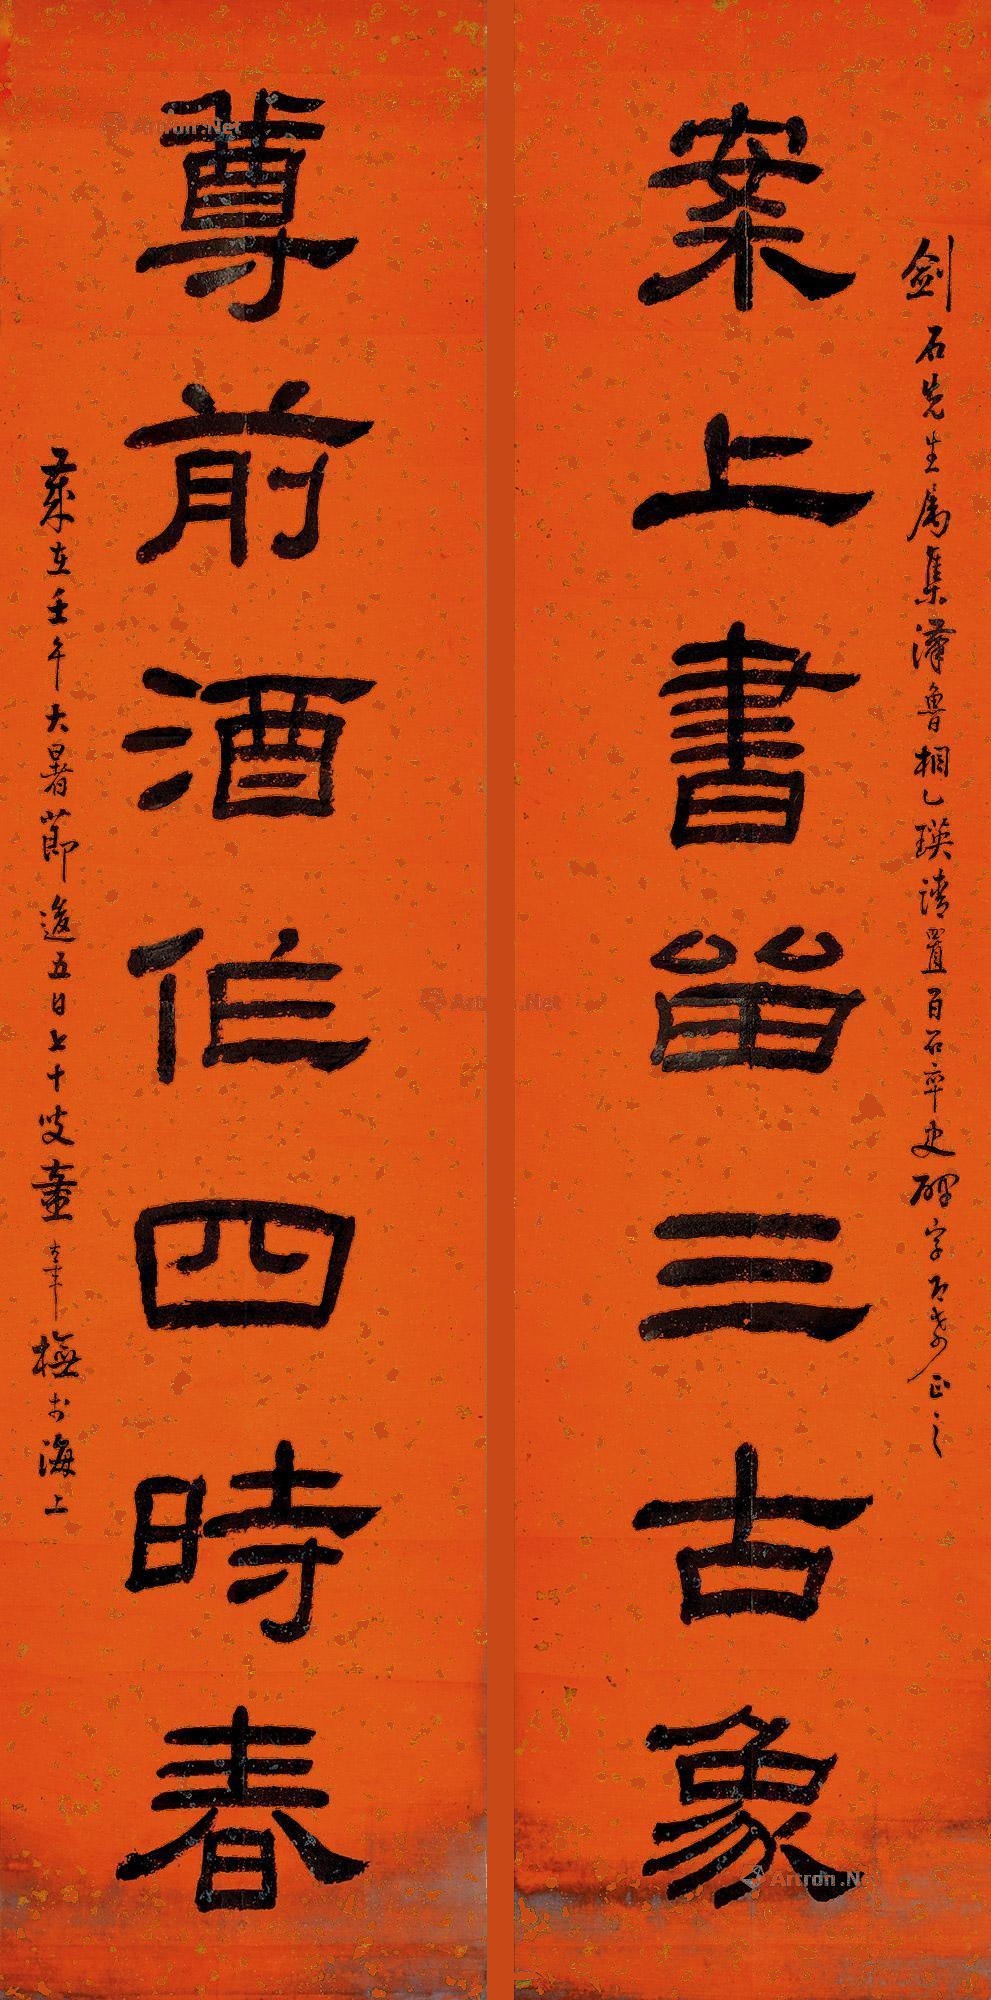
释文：案上书留三古象，尊前酒作四时春。剑石先生属。集译鲁相乙瑛请置百石卒史碑字，即希正之。岁在壬午大暑节后五日﹐七十叟童大年橅于海上。